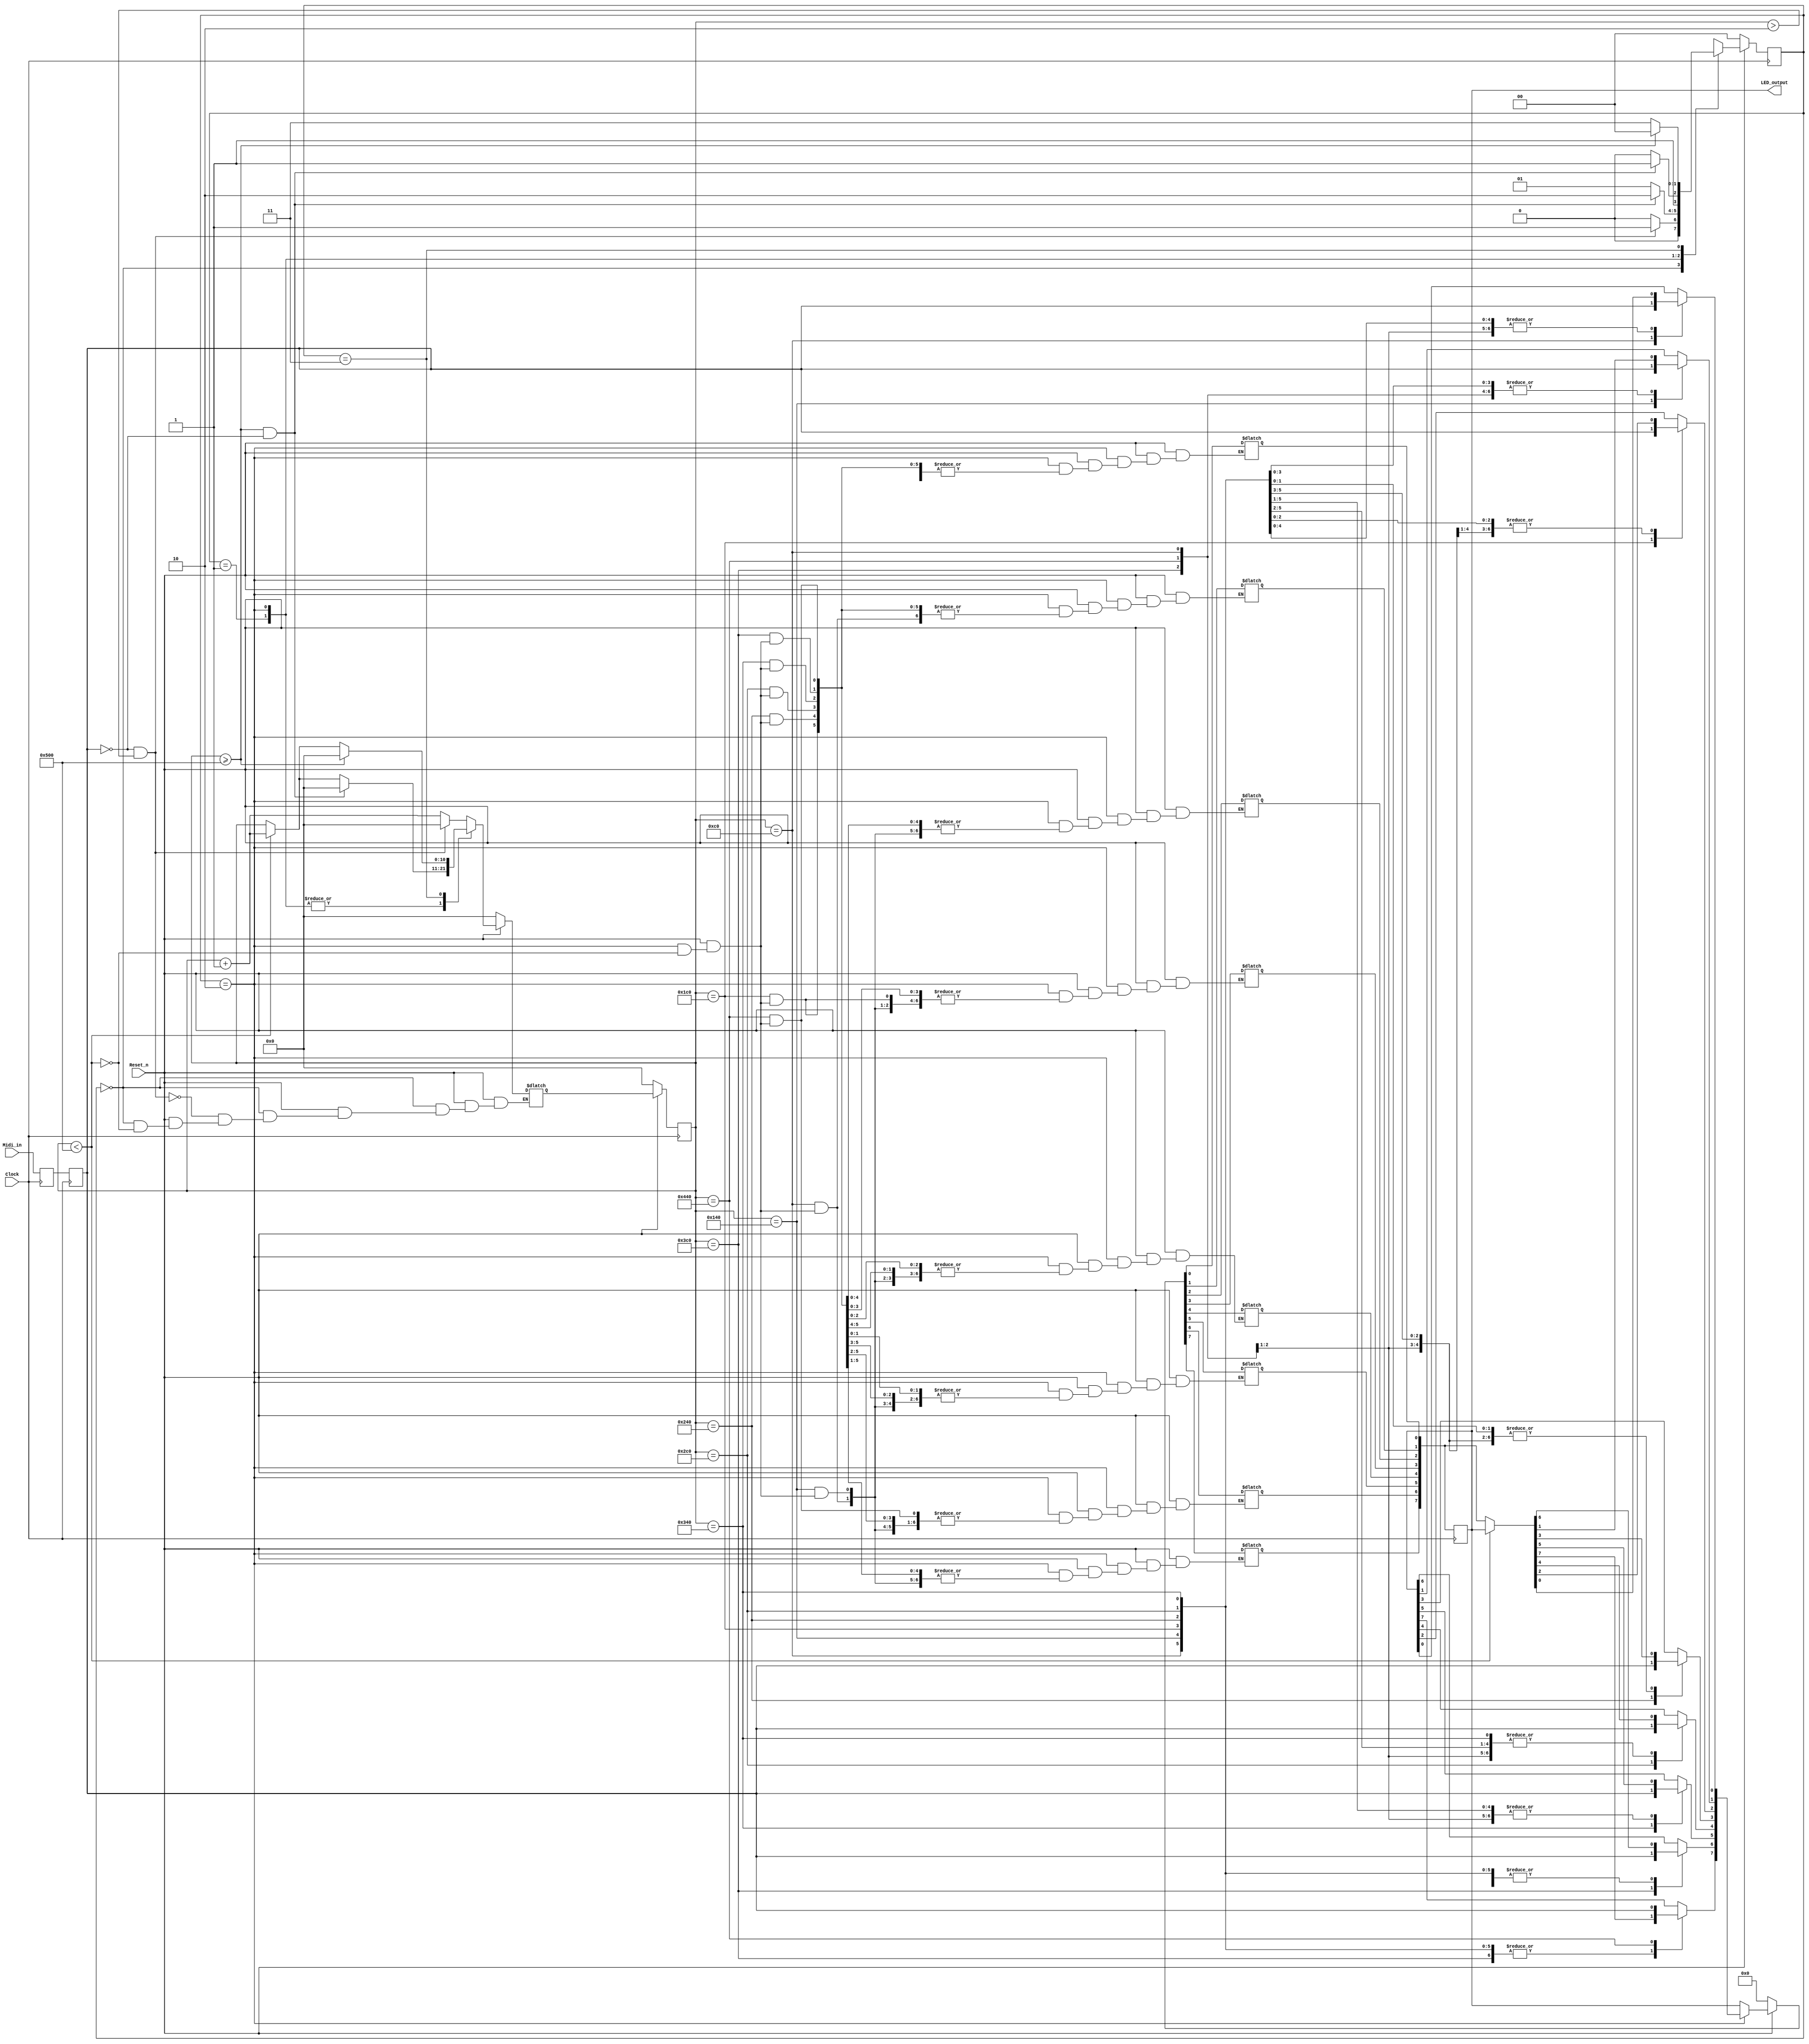
/** 
 ** ECE353 LAB B: MIDI Decoder
 ** Fall 2011
 **/
module Midi_Decoder (Midi_in, Clock, Reset_n, LED_output);
//////////////////
// Inputs
////////////// 
input Midi_in;
input Clock;
input Reset_n;

//////////////////
// Output
//////////////
output reg [7:0] LED_output;

//////////////////
// States
//////////////  
parameter IDLE = 2'b00;
parameter STATUS = 2'b01;
parameter NOTE = 2'b10;
parameter VELOCITY = 2'b11;

//////////////////
// Registers
//////////////  
reg [1:0] state;
reg [1:0] state_nxt;
reg [7:0] LED_output_nxt;
reg [10:0] count;
reg [10:0] count_nxt;
reg in_1;
reg in_2;

//////////////////
// Constants
//////////////
parameter Const_1280 = 11'b10100000000;
parameter Const_1 = 11'b00000000001;

//////////////////
// Sequential
//////////////
always @(posedge Clock) 
begin
	in_1 <= Midi_in;
	in_2 <= in_1;
	
	count <= count_nxt;
	LED_output <= LED_output_nxt;
	state <= state_nxt;
	if(!Reset_n)
	begin
		LED_output <= LED_output_nxt;
		state <= IDLE;
		count <= 0;
	end
end	

//////////////////
// Combinational
//////////////
always@(Reset_n or in_2 or LED_output or state or count)
begin
	if(!Reset_n)
	begin
		LED_output_nxt = 8'b00000000;
		count_nxt = 0;
		state_nxt = IDLE;
	end
	else begin
	case (state)
		IDLE: 					      
		begin
			state_nxt = IDLE;
			LED_output_nxt = LED_output;
			if(count < Const_1280)
				count_nxt = count + Const_1;	
			if(!in_2 && count > 2)
			begin
				state_nxt = STATUS;
				count_nxt = 0;
			end
		end
		 
		STATUS: 					      
		begin
			count_nxt = count;
			if(count < Const_1280)
				count_nxt = count + Const_1;
			state_nxt = STATUS;
			LED_output_nxt = LED_output;
			if(count >= Const_1280 && !in_2)
			begin
				count_nxt = 0; 
				state_nxt = NOTE; 
			end
		end
		
		NOTE: 					      
		begin
			count_nxt = count;
			if(count < Const_1280)
			begin
				count_nxt = count + Const_1;
				LED_output_nxt = LED_output;
			end
			state_nxt = NOTE;
			if(count >= Const_1280 && !in_2)
			begin
				count_nxt = 0;
				state_nxt = VELOCITY;
			end
			case(count)
				192: LED_output_nxt[0] = in_2;
				320: LED_output_nxt[1] = in_2;
				448: LED_output_nxt[2] = in_2;
				576: LED_output_nxt[3] = in_2;
				704: LED_output_nxt[4] = in_2;
				832: LED_output_nxt[5] = in_2;
				960: LED_output_nxt[6] = in_2;
				1088: LED_output_nxt[7] = in_2;
				default: LED_output_nxt = LED_output;
			endcase 
		end
		
		VELOCITY: 					      
		begin
			count_nxt = count;
			if(count < Const_1280)
				count_nxt = count + Const_1;
			state_nxt = VELOCITY;
			LED_output_nxt = LED_output;	
			if(count >= Const_1280)
			begin
				count_nxt = 0; 
				state_nxt = IDLE;
			end
		end
	endcase
	end
end
endmodule